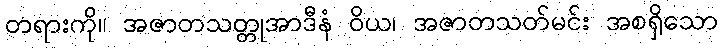
တရားကို။ အဇာတသတ္တုအာဒီနံ ဝိယ၊ အဇာတသတ်မင်း အစရှိသော